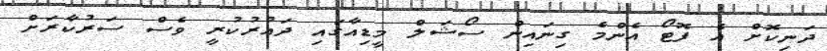
ދަނިިކޮށް އެ ފޮޓޯ އެންމެ ގިނައިން ސޯޝަލް މީޑިއާގައި ދައުރުކުރީ ވެސް ސަރުކާރަށް